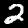
Digit: 2